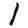
Digit: 1